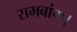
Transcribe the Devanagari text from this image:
रामबांण।